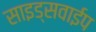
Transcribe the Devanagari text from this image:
साइड्सवाईप